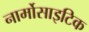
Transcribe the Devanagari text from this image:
नार्मोसाइटिक